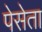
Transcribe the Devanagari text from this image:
पेसेता